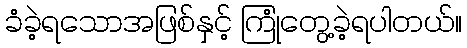
ခံခဲ့ရသောအဖြစ်နှင့် ကြုံတွေ့ခဲ့ရပါတယ်။